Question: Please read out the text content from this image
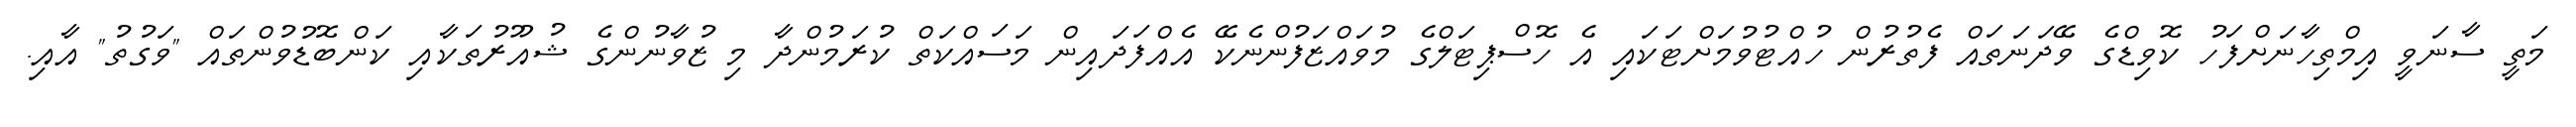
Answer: މަތީ ސާނަވީ އިމްތިހާނަށްފަހު ކޮވިޑްގެ ވޭދަނަތައް ފެތުރުން ހުއްޓުވުމަށްޓަކައި އެ ހޮސްޕިޓަލްގެ މުވައްޒަފުންނެކޭ އެއްފަދައިން މަސައްކަތް ކުރަމުންދާ މި ޒުވާނުންގެ ޝުއޫރުތަކާއި ކަންބޮޑުވުންތައް "ވަގުތު" އާއި.